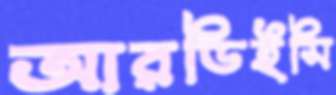
আরডিইসি